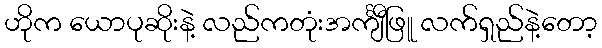
ဟိုက ယောပုဆိုးနဲ့ လည်ကတုံးအင်္ကျီဖြူ လက်ရှည်နဲ့တော့